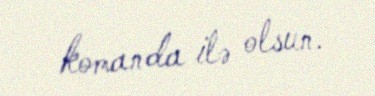
komanda ilə olsun.